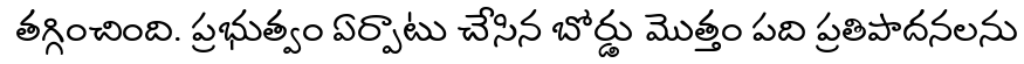
తగ్గించింది. ప్రభుత్వం ఏర్పాటు చేసిన బోర్డు మొత్తం పది ప్రతిపాదనలను